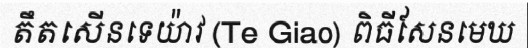
តឹតសើនទេយ៉ាវ (Te Giao) ពិធីសែនមេឃ